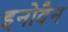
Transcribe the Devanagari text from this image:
इनोवैन